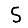
Digit: 5